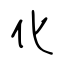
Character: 化